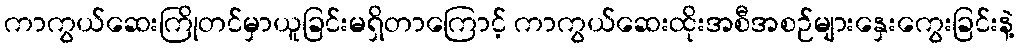
ကာကွယ်ဆေးကြိုတင်မှာယူခြင်းမရှိတာကြောင့် ကာကွယ်ဆေးထိုးအစီအစဉ်များနှေးကွေးခြင်းနဲ့